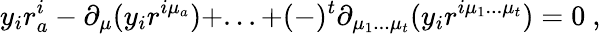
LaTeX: y_{i}r_{a}^{i}-\partial_{\mu}(y_{i}r^{i\mu_{a}})+...+(-)^{t}\partial_{\mu_{1}...\mu_{t}}(y_{i}r^{i\mu_{1}...\mu_{t}})=0\ ,